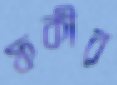
ফকীর